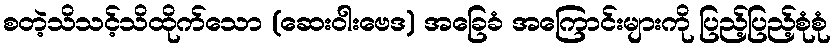
စတဲ့သိသင့်သိထိုက်သော (ဆေးဝါးဗေဒ) အခြေခံ အကြောင်းများကို ပြည့်ပြည့်စုံစုံ